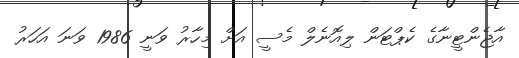
އާޖެންޓީނާގެ ކެޕްޓަން ލިއޮނެލް މެސީ އަށް މިހާރު ވަނީ 1986 ވަނަ އަހަރު